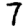
Digit: 7